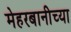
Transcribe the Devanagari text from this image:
मेहरबानीच्या